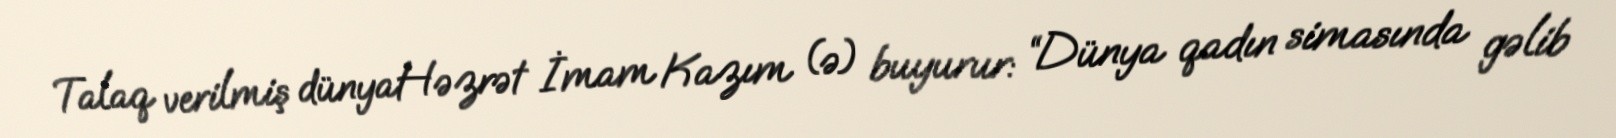
Talaq verilmiş dünyaHəzrət İmam Kazım (ə) buyurur: “Dünya qadın simasında gəlib